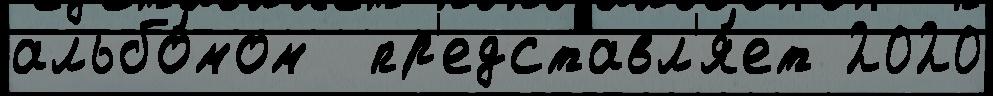
альбо́мом  пр'едставл'я́ет 2020